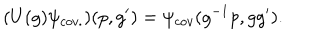
LaTeX: ( U ( g ) \psi _ { c o v . } ) ( p , g ^ { \prime } ) = \psi _ { c o v } ( g ^ { - 1 } p , g g ^ { \prime } ) .